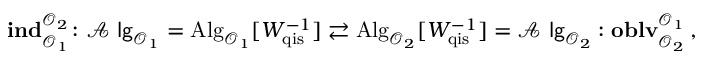
\mathbf { i n d } _ { \mathcal { O } _ { 1 } } ^ { \mathcal { O } _ { 2 } } \colon \mathcal { A } \mathrm { \sf ~ l g } _ { \mathcal { O } _ { 1 } } = \mathrm { A l g } _ { \mathcal { O } _ { 1 } } [ W _ { \mathrm { q i s } } ^ { - 1 } ] \rightleftarrows \mathrm { A l g } _ { \mathcal { O } _ { 2 } } [ W _ { \mathrm { q i s } } ^ { - 1 } ] = \mathcal { A } \mathrm { \sf ~ l g } _ { \mathcal { O } _ { 2 } } : \mathbf { o b l v } _ { \mathcal { O } _ { 2 } } ^ { \mathcal { O } _ { 1 } } \: ,